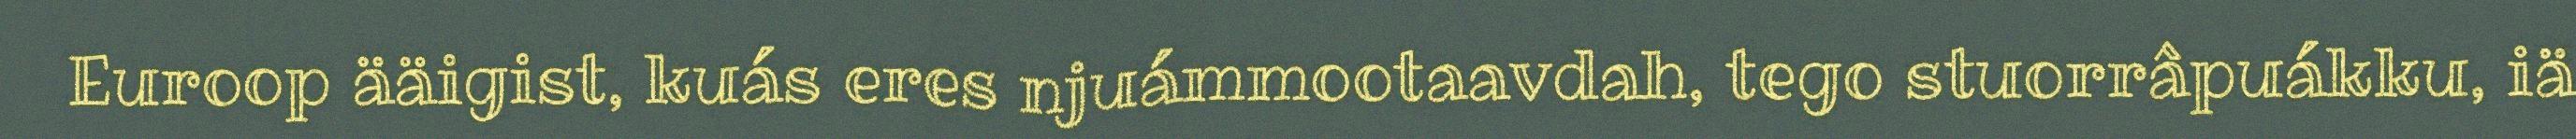
Euroop ääigist, kuás eres njuámmootaavdah, tego stuorrâpuákku, iä